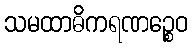
သမထာဓိကရဏဉ္စေဝ